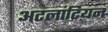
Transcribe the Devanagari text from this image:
अटलांटियन